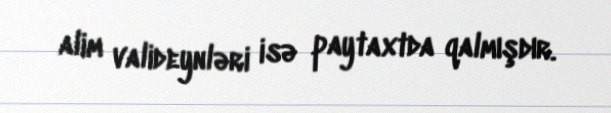
alim valideynləri isə paytaxtda qalmışdır.